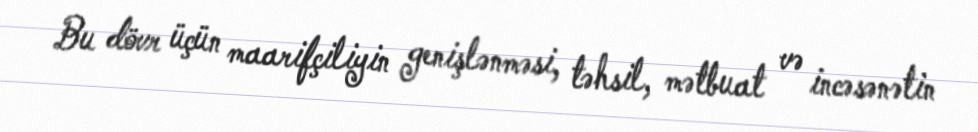
Bu dövr üçün maarifçiliyin genişlənməsi, təhsil, mətbuat və incəsənətin